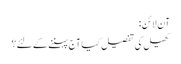
آن لائن:
کھیل کی تفصیل کیا آج پہننے کے لئے؟